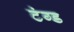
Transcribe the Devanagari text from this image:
टंग्ड